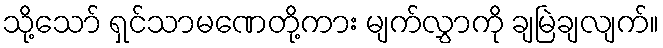
သို့သော် ရှင်သာမဏေတို့ကား မျက်လွှာကို ချမြဲချလျက်။